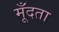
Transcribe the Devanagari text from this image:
मूँदता